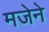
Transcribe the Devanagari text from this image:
मजेने